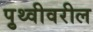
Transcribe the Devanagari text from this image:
पृुथ्वीवरील